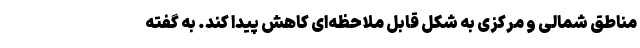
مناطق شمالی و مرکزی به شکل قابل ملاحظه‌ای کاهش پیدا کند. به گفته